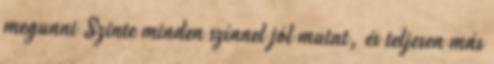
megunni Szinte minden színnel jól mutat, és teljesen más